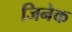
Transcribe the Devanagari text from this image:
जिनेक